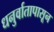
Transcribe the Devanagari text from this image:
धनुर्वातापासून